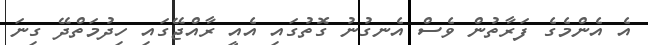
އެ އެންމެގެ ފަރާތުން ވެސް އެނގުނު ގޮތުގައި އެއީ ރާއްޖޭގައި ހިދުމަތްދޭ ގިނަ